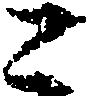
こ